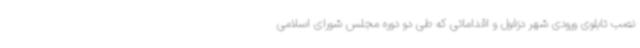
نصب تابلوی ورودی شهر دزفول و اقداماتی که طی دو دوره مجلس شورای اسلامی